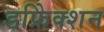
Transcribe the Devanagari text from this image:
डफ्रेिक्शन